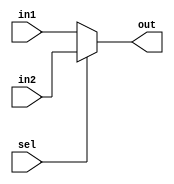
/*
  MIPS SINGLE CYCLE CPU IMPLEMENTED BY :   
  ARDESHIR  ALIREZA 
  92213118  92213034
*/
module Mux32bit(    
    input [31:0] in1,
    input [31:0] in2,
    input sel,
    output [31:0] out
);

// Write your code here. You can modify all of the codes
  reg [31:0] temp;
  always @(*) begin
    if(sel)
      temp=in2;
    else
      temp=in1;
  end
  assign out=temp;

endmodule